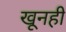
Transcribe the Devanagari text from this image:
खूनही